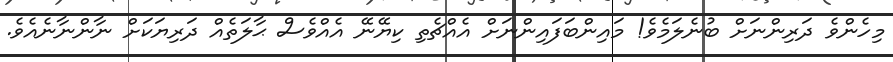
މިހެންވެ ދަރިންނަށް ބުނެލަމެވެ! މައިންބަފައިންނަށް އެއްޗެތި ކިޔޭނޭ އެއްވެސް ޙާލަތެއް ދަރިޔަކަށް ނާންނާނެއެވެ.